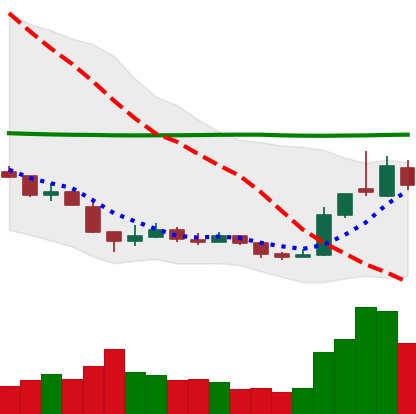
Ticker: XRP-USD
Chart end date: 2018-12-21
Forward return: 5.612%
Label: up_5_7